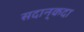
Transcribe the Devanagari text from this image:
सदान्‌कदा